Civil Veterinary Dept. North-West Frontier Province 1901-22 - 1901-1922
Year: 1901
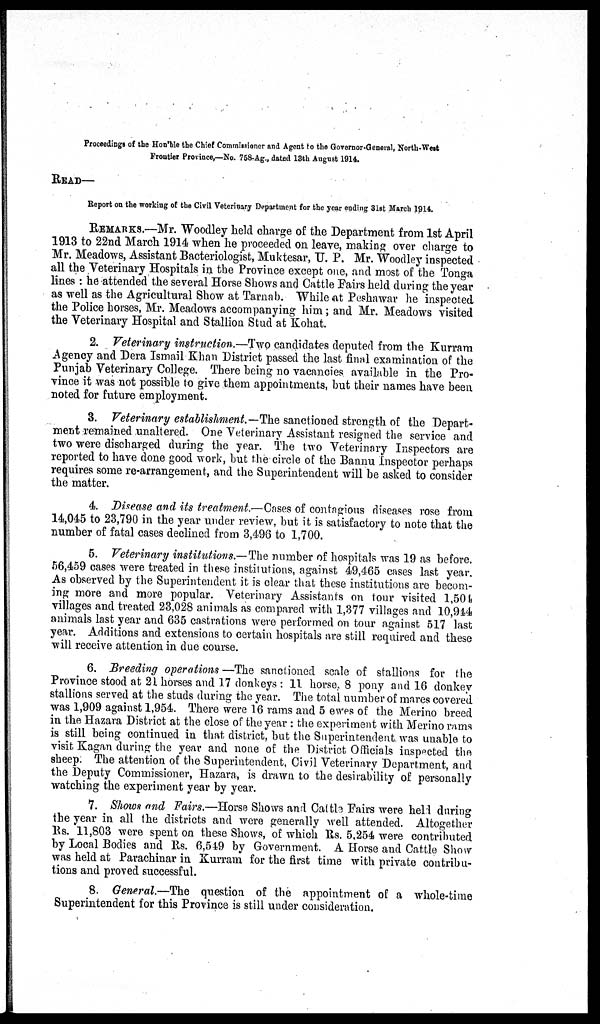
Proceedings of the Hon'ble the Chief Commissioner and Agent to the Governor-General, North-West
Frontier Province,—No. 758-Ag., dated 13th August 1914.
READ—
Report on the working of the Civil Veterinary Department for the year ending 31st March 1914.
REMARKS.—Mr. Woodley held charge of the Department from 1st April
1913 to 22nd March 1914 when he proceeded on leave, making over charge to
Mr. Meadows, Assistant Bacteriologist, Muktesar, U. P. Mr. Woodley inspected
all the Veterinary Hospitals in the Province except one, and most of the Tonga
lines: he attended the several Horse Shows and Cattle Fairs held during the year
as well as the Agricultural Show at Tarnab. While at Peshawar he inspected
the Police horses, Mr. Meadows accompanying him; and Mr. Meadows visited
the Veterinary Hospital and Stallion Stud at Kohat.
2. Veterinary instruction.—Two candidates deputed from the Kurram
Agency and Dera Ismail Khan District passed the last final examination of the
Punjab Veterinary College. There being no vacancies available in the Pro-
vince it was not possible to give them appointments, but their names have been
noted for future employment.
3. Veterinary establishment.—The sanctioned strength of the Depart-
ment remained unaltered. One Veterinary Assistant resigned the service and
two were discharged during the year. The two Veterinary Inspectors are
reported to have done good work, but the circle of the Bannu Inspector perhaps
requires some re-arrangement, and the Superintendent will be asked to consider
the matter.
4. Disease and its treatment.—Cases of contagious diseases rose from
14,045 to 23,790 in the year under review, but it is satisfactory to note that the
number of fatal cases declined from 3,496 to 1,700.
5. Veterinary institutions.—The number of hospitals was 19 as before.
56,459 cases were treated in these institutions, against 49,465 cases last year.
As observed by the Superintendent it is clear that these institutions are becom-
ing more and more popular. Veterinary Assistants on tour visited 1,504
villages and treated 23,028 animals as compared with 1,377 villages and 10,944
animals last year and 635 castrations were performed on tour against 517 last
year. Additions and extensions to certain hospitals are still required and these
will receive attention in due course.
6. Breeding operations—The sanctioned scale of stallions for the
Province stood at 21 horses and 17 donkeys: 11 horse, 8 pony and 16 donkey
stallions served at the studs during the year. The total number of mares covered
was 1,909 against 1,954. There were 16 rams and 5 ewes of the Merino breed
in the Hazara District at the close of the year: the experiment with Merino rams
is still being continued in that district, but the Superintendent was unable to
visit Kagan during the year and none of the District Officials inspected the.
sheep. The attention of the Superintendent, Civil Veterinary Department, and
the Deputy Commissioner, Hazara, is drawn to the desirability of personally
watching the experiment year by year.
7. Shows and Fairs.—Horse Shows and Cattle Fairs were held during
the year in all the districts and were generally well attended. Altogether
Rs. 11,803 were spent on these Shows, of which Rs. 5,254 were contributed
by Local Bodies and Rs. 6,549 by Government. A Horse and Cattle Show
was held at Parachinar in Kurram for the first time with private contribu-
tions and proved successful.
8. General.—The question of the appointment of a whole-time
Superintendent for this Province is still under consideration.